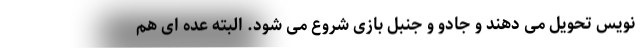
نویس تحویل می دهند و جادو و جنبل بازی شروع می شود. البته عده ای هم